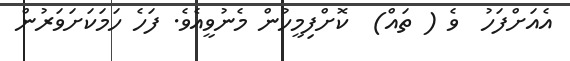
އެއަށްފަހު  ވެ ( ތައް)  ކޮށްފިމީހުން މެނުވީއެވެ. ފަހެ ހަމަކަށަވަރުން